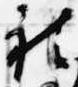
被